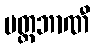
မတ္တဘာဏီ